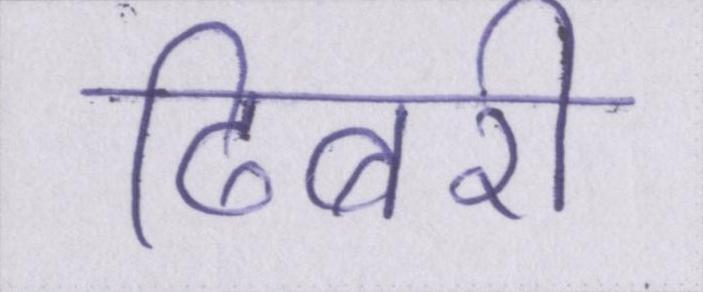
ढिबरी